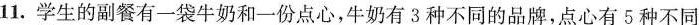
11.学生的副餐有一袋牛奶和-份点心，牛奶有3种不同的品牌，点心有5种不同的